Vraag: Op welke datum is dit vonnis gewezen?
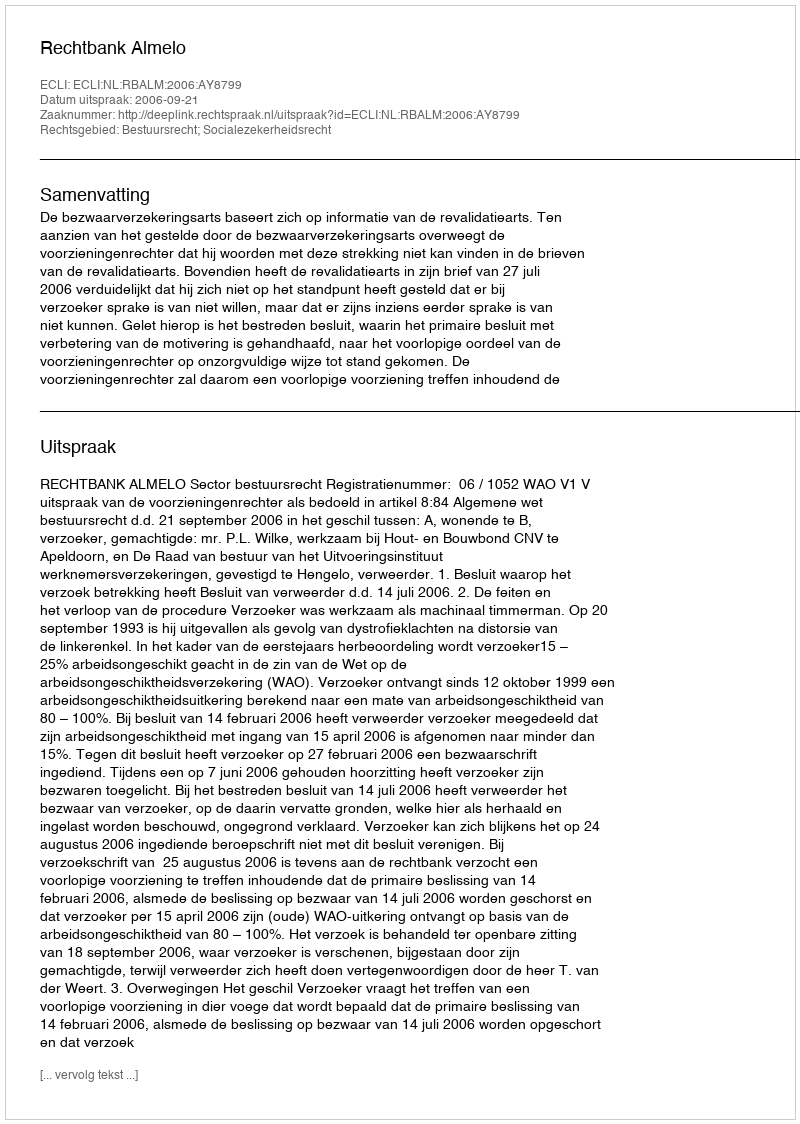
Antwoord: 2006-09-21